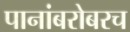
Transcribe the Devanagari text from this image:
पानांबरोबरच